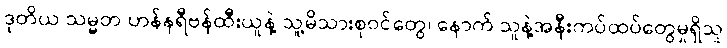
ဒုတိယ သမ္မတ ဟန်နရီဗန်ထီးယူနဲ့ သူ့မိသားစုဝင်တွေ၊ နောက် သူနဲ့အနီးကပ်ထပ်တွေမှုရှိသူ